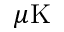
\mu \mathrm { K }